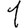
Digit: 1